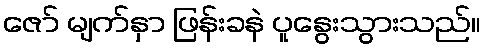
ဇော် မျက်နှာ ဖြန်းခနဲ ပူနွေးသွားသည်။